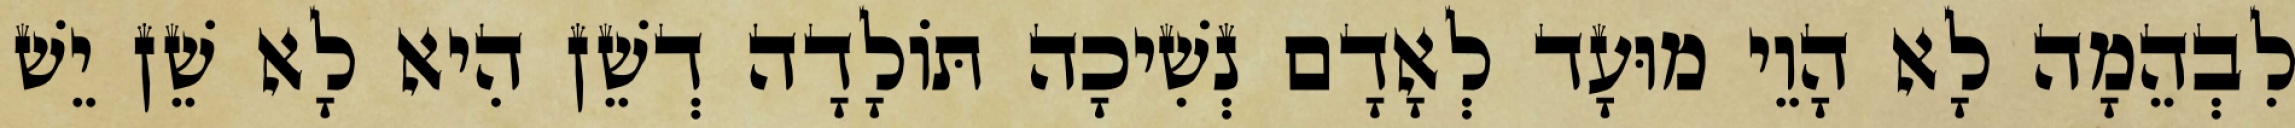
לִבְהֵמָה לָא הָוֵי מוּעָד לְאָדָם נְשִׁיכָה תּוֹלָדָה דְשֵׁן הִיא לָא שֵׁן יֵשׁ